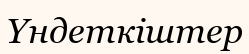
Үндеткіштер